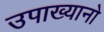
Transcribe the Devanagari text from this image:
उपाख्यानो